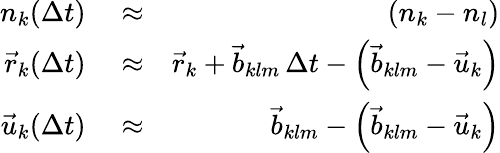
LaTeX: \begin{array}{rlr}{n_{k}(\Delta t)}&{{}\approx}&{\left(n_{k}-n_{l}\right)}\\ {\vec{r}_{k}(\Delta t)}&{{}\approx}&{\vec{r}_{k}+\vec{b}_{klm}\, \Delta t-\left(\vec{b}_{klm}-\vec{u}_{k}\right)}\\ {\vec{u}_{k}(\Delta t)}&{{}\approx}&{\vec{b}_{klm}-\left(\vec{b}_{klm}-\vec{u}_{k}\right)}\end{array}